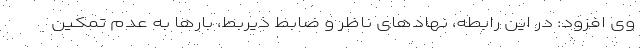
وی افزود: در این رابطه، نهادهای ناظر و ضابط ذیربط، بارها به عدم تمکین